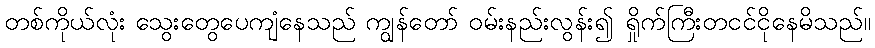
တစ်ကိုယ်လုံး သွေးတွေပေကျံနေသည် ကျွန်တော် ဝမ်းနည်းလွန်း၍ ရှိုက်ကြီးတငင်ငိုနေမိသည်။